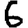
Digit: 6